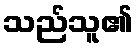
သည်သူ၏